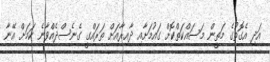
އަދި އެގޮތުގެ މަތީން މަސައްކަތްކޮށް ގައުމަށާއި ދާއިރާއަށް ތަރައްގީ ގެނެސްދެއްވާނެ ކަމަށް އޭނާ